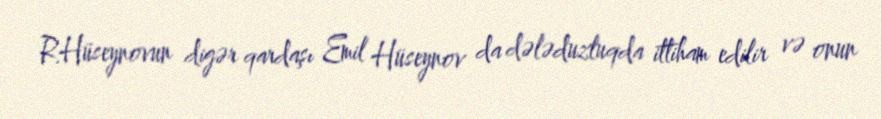
R.Hüseynovun digər qardaşı Emil Hüseynov da dələduzluqda ittiham edilir və onun